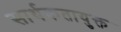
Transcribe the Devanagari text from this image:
सार्थकतायुक्त